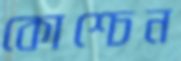
কোশ্চেন